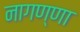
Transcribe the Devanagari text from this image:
नागण्णा